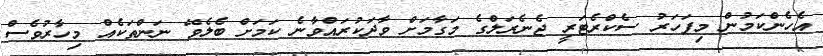
އެހެންކަމުން މިފަހަރު ސެކްރެޓަރީ ޖެނެރަލްގެ މަގާމަށް ވާދަކުރައްވާނެ ކަމަށް ބެލެވޭ ނަންތަކެއް މިހާރުވެސް